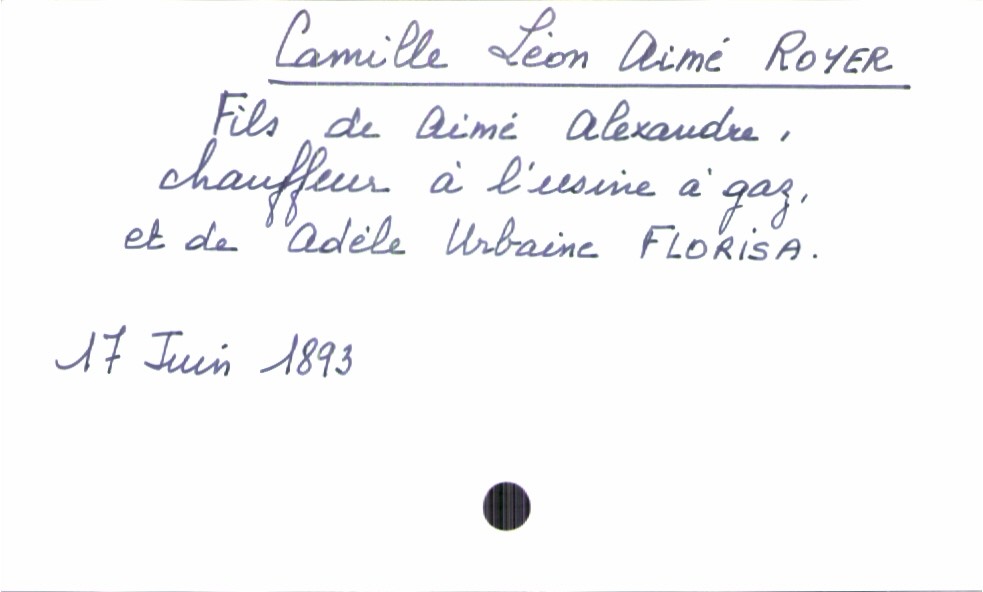
type_acte: Baptême
filiation: fille
enfant_prénom: Camille Léon Aimé
enfant_date_de_naissance: 17 juin 1893
père_enfant_nom: Royer
père_enfant_prénom: Aimé Alexandre
père_enfant_profession: chauffeur à l'usine à gaz
mère_enfant_nom: Florisa
mère_enfant_prénom: Adèle Urbaine